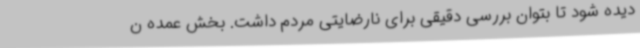
دیده شود تا بتوان بررسی دقیقی برای نارضایتی مردم داشت. بخش عمده ن